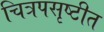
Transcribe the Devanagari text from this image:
चित्रपसृष्टीत